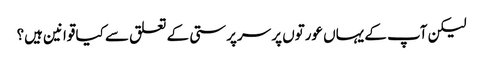
لیکن آپ کے یہاں عورتوں پر سرپرستی کے تعلق سے کیا قوانین ہیں؟